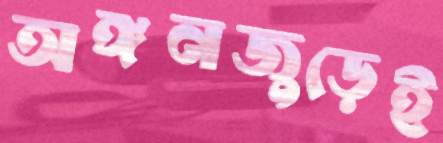
অঙ্গনজুড়েই